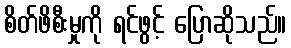
စိတ်ဖိစီးမှုကို ရင်ဖွင့် ပြောဆိုသည်။